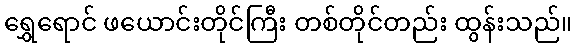
ရွှေရောင် ဖယောင်းတိုင်ကြီး တစ်တိုင်တည်း ထွန်းသည်။